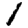
Digit: 1